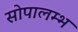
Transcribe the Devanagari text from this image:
सोपालम्भ